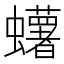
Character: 蠴